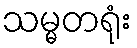
သမ္မတရုံး